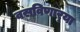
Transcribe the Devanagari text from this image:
वसविणार्‍या